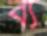
ব্য